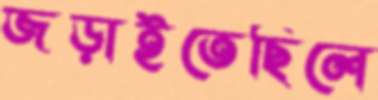
জড়াইতেছিলে